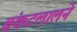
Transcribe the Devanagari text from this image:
बंकटलालने